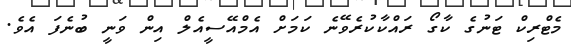
މެޓްރިކް ޓަނުގެ ކާގޯ ރައްކާކުރެވޭނެ ކަމަށް އެމްއޭސީއެލް އިން ވަނީ ބުނެފަ އެވެ.